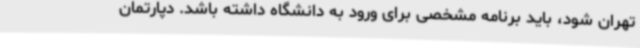
تهران شود، باید برنامه مشخصی برای ورود به دانشگاه داشته باشد. دپارتمان